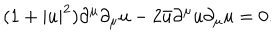
LaTeX: ( 1 + | u | ^ { 2 } ) \partial ^ { \mu } \partial _ { \mu } u - 2 \bar { u } \partial ^ { \mu } u \partial _ { \mu } u = 0 .